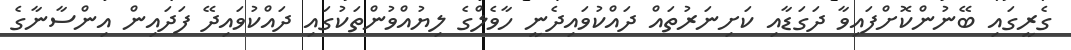
ގެރީގައި ބޭނުންކޮށްފައިވާ ދަގަޑާއި ކަށިނަރުތައް ދައްކުވައިދެނީ ހާވެލްގެ ލިޔުއްވުންތަކުގައި ދައްކުވައިދޭ ފަދައިން އިންސާނާގެ